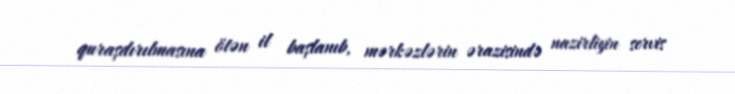
quraşdırılmasına ötən il başlanıb, mərkəzlərin ərazisində nazirliyin servis